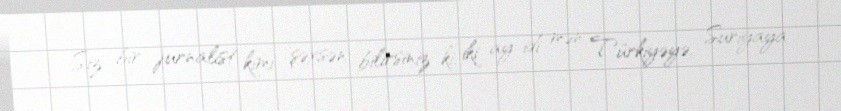
Siz bir jurnalist kimi şəxsən bilirsiniz ki, iki ay idi mən Türkiyəyə, Suriyaya